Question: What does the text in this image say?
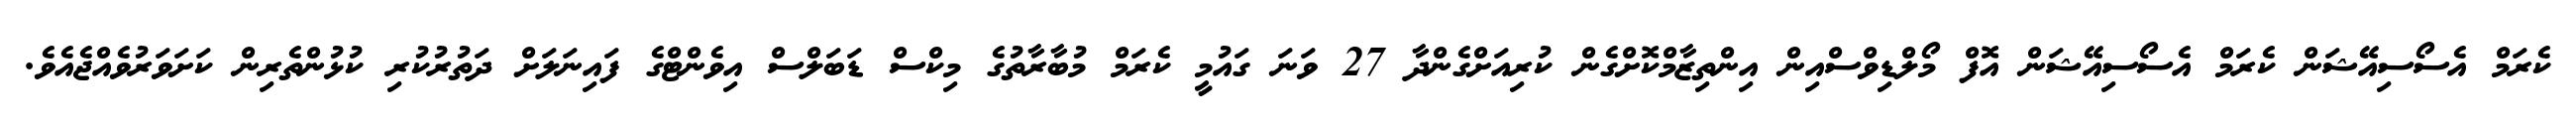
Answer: ކެރަމް އެސޯސިއޭޝަން ކެރަމް އެސޯސިއޭޝަން އޮފް މޯލްޑިވްސްއިން އިންތިޒާމްކޮށްގެން ކުރިއަށްގެންދާ 27 ވަނަ ގައުމީ ކެރަމް މުބާރާތުގެ މިކްސް ޑަބަލްސް އިވެންޓްގެ ފައިނަލަށް ދަތުރުކުރި ކުޅުންތެރިން ކަށަވަރުވެއްޖެއެވެ.